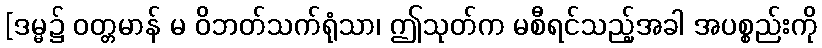
[ဒမ္မ၌ ဝတ္တမာန် မ ဝိဘတ်သက်ရုံသာ၊ ဤသုတ်က မစီရင်သည့်အခါ အပစ္စည်းကို